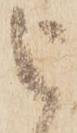
被